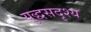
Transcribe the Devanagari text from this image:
युद्धसदृश्य